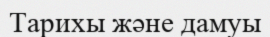
Тарихы және дамуы